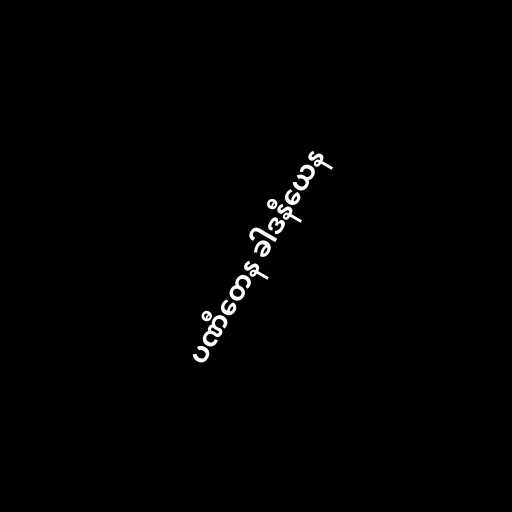
ပဏီတေန ခါဒနီယေန